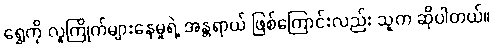
ရွှေကို လူကြိုက်များနေမှုရဲ့ အန္တရာယ် ဖြစ်ကြောင်းလည်း သူက ဆိုပါတယ်။